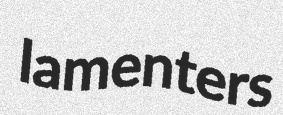
lamenters